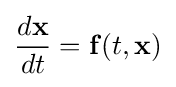
{\frac {d\mathbf {x} }{dt}}=\mathbf {f} (t,\mathbf {x} )